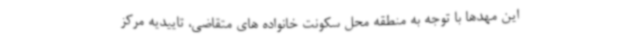
این مهدها با توجه به منطقه محل سکونت خانواده های متقاضی، تاییدیه مرکز